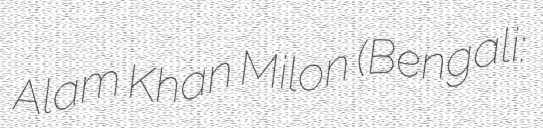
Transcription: Alam Khan Milon (Bengali: